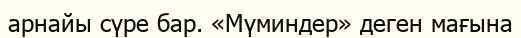
арнайы сүре бар. «Мүминдер» деген мағына